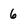
Character: 6